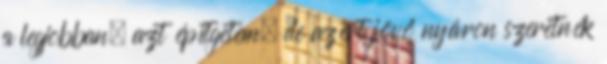
a legjobban, azt építgetem, de azért jövő nyáron szeretnék